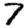
Digit: 7